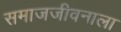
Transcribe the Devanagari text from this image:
समाजजीवनाला